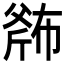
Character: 𱡬